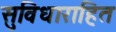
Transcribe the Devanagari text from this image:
सुविधाराहित